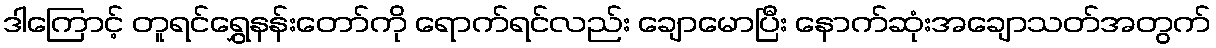
ဒါကြောင့် တူရင်ရွှေနန်းတော်ကို ရောက်ရင်လည်း ချောမောပြီး နောက်ဆုံးအချောသတ်အတွက်